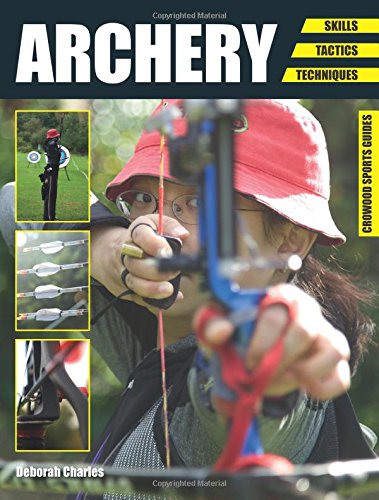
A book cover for Archery: Skills. Tactics. Techniques (Crowood Sports Guides); Deborah Charles; Sports & Outdoors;